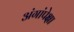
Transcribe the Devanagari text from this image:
अंगांपेक्षा